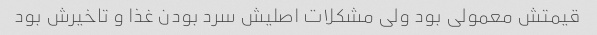
قیمتش معمولی بود ولی مشکلات اصلیش سرد بودن غذا و تاخیرش بود